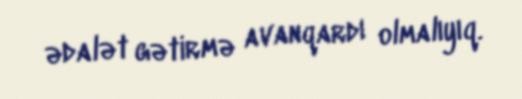
ədalət gətirmə avanqardı olmalıyıq.